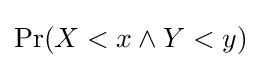
\Pr(X<x\land Y<y)